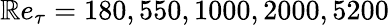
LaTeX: \mathbb{R}e_{\tau}=180,550,1000,2000,5200